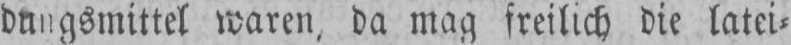
dungsmittel waren, da mag freilich die latei⸗